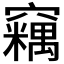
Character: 𱷛